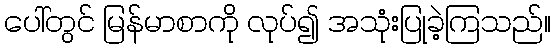
ပေါ်တွင် မြန်မာစာကို လုပ်၍ အသုံးပြုခဲ့ကြသည်။